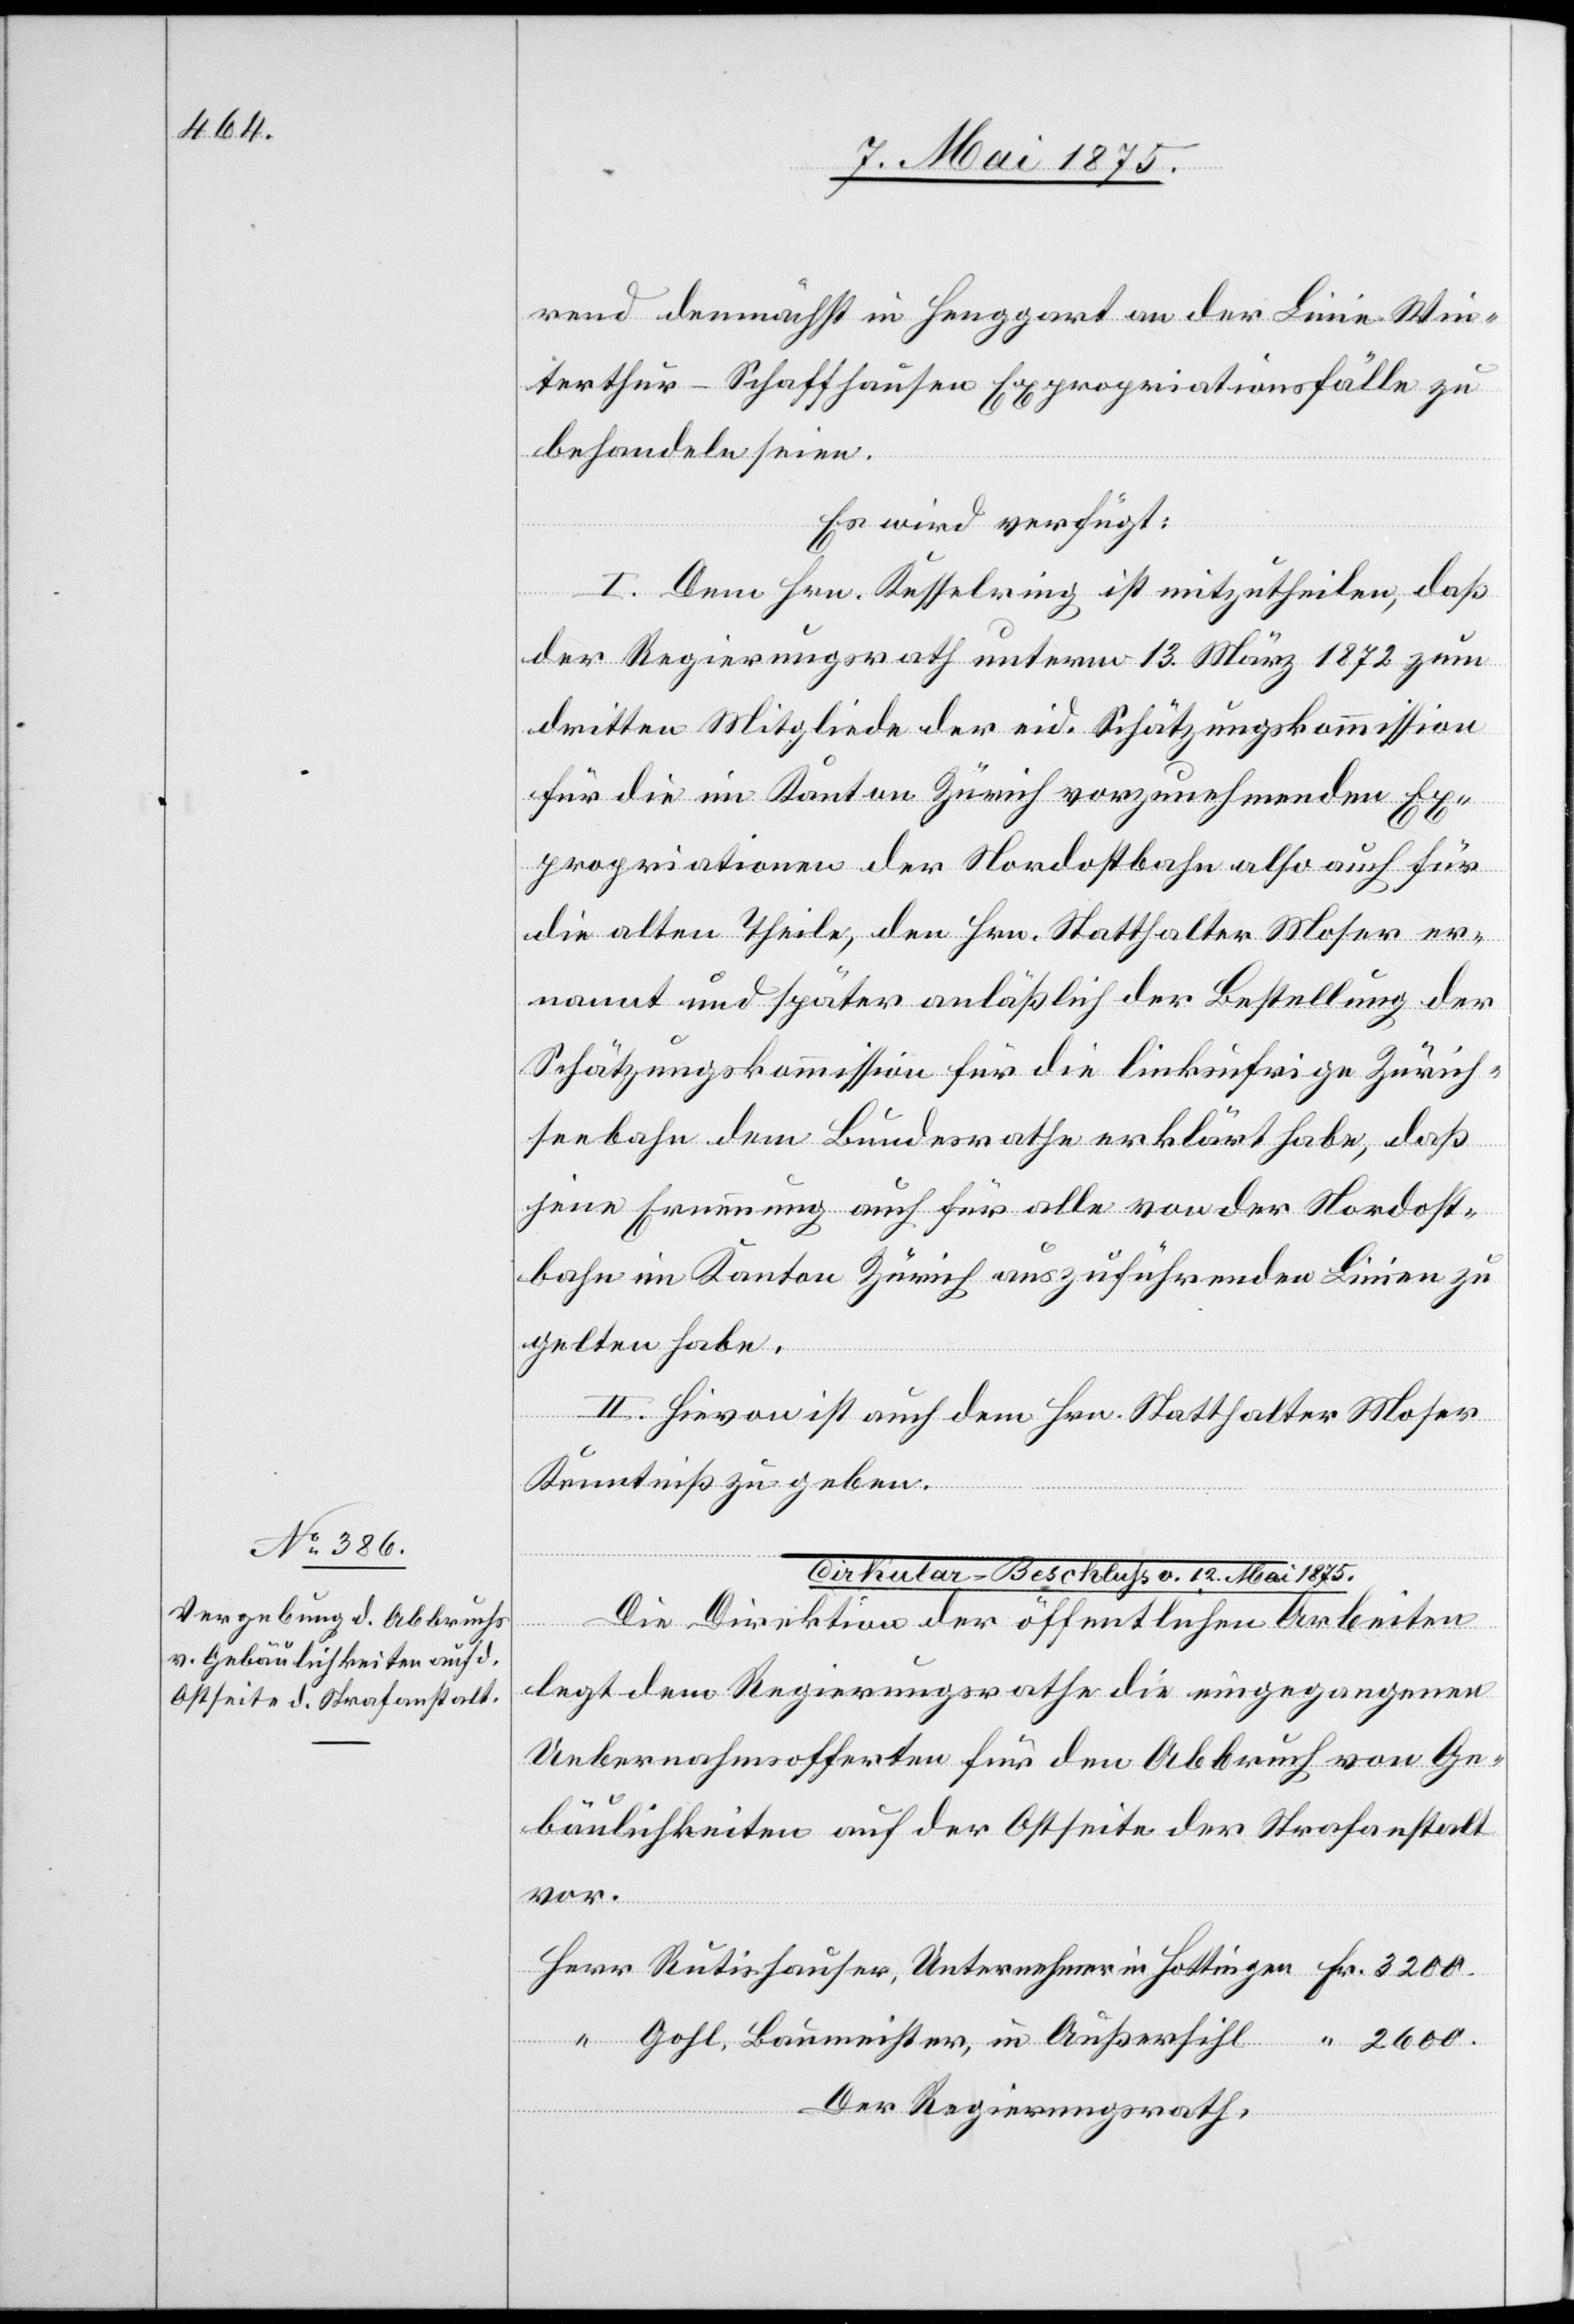
rend demnächst in Henggart an der Linie Win¬
terthur– Schaffhausen Expropriationsfälle zu
behandeln seien.
Fr.
Es wird verfügt:
I. Dem Hr. Kesselring ist mitzutheilen, daß
der Regierungsrath unterm 13. März 1872 zum
dritten Mitgliede der eid. Schätzungskommission
für die im Kanton Zürich vorzunehmenden Ex¬
propriationen der Nordostbahn also auch für
die alten Theile, den Hrn. Statthalter Moser er¬
nannt und später anläßlich der Bestellung der
Schätzungskommission für die linksufrige Zürich¬
seebahn dem Bundesrathe erklärt habe, daß
seine Ernennung auch für alle von der Nordost¬
bahn im Kanton Zürich auszuführenden Linien zu
gelten habe.
II. Hievon ist auch dem Hrn. Statthalter Moser
Kenntniß zu geben.
Cirkular-Beschluß v. 12. Mai 1875.
Die Direktion der öffentlichen Arbeiten
legt dem Regierungsrathe die eingegangenen
Uebernahmsofferten für den Abbruch von Ge¬
bäulichkeiten auf der Ostseite der Strafanstalt
vor.
Gohl, Baumeister, in Außersihl
Der Regierungsrath,

in